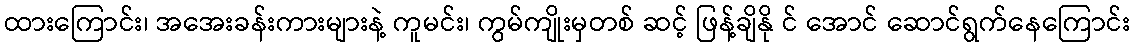
ထားကြောင်း၊ အအေးခန်းကားများနဲ့ ကူမင်း၊ ကွမ်ကျိုးမှတစ် ဆင့် ဖြန့်ချိနို င် အောင် ဆောင်ရွက်နေကြောင်း